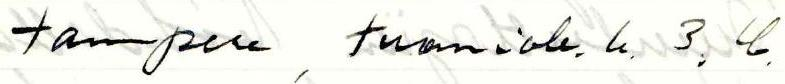
Tampere, Tuomiok. k. 3, C.